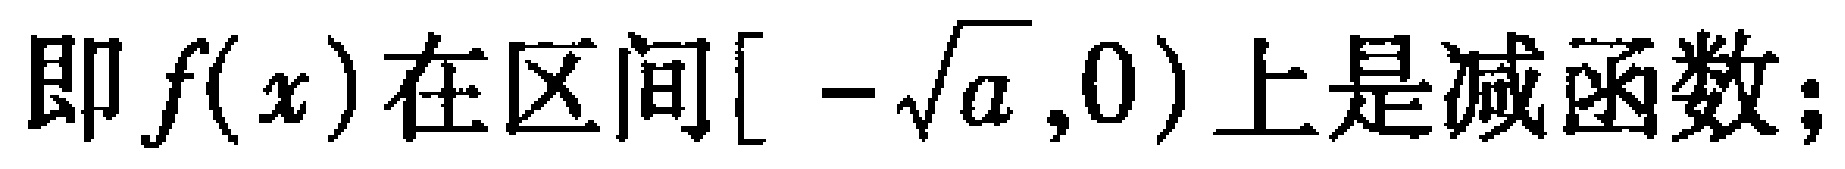
即 \(f(x)\) 在区间\([-\sqrt{a},0)\) 上是减函数；